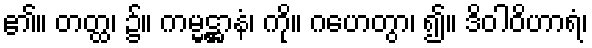
၏။ တတ္ထ၊ ၌။ ကမ္မဋ္ဌာနံ၊ ကို။ ဂဟေတွာ၊ ၍။ ဒိဝါဝိဟာရံ၊